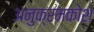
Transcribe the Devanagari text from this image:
अनुक्रमकोश